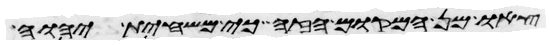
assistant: צאו מן המקום הזה כי משחית יהוה